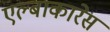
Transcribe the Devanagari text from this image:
एल्बाकारेस